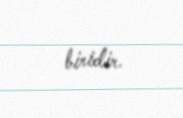
biridir.